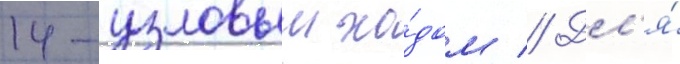
14-узловым хо́дом // Дл'я́